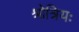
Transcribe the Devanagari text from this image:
श्रोत्रियः